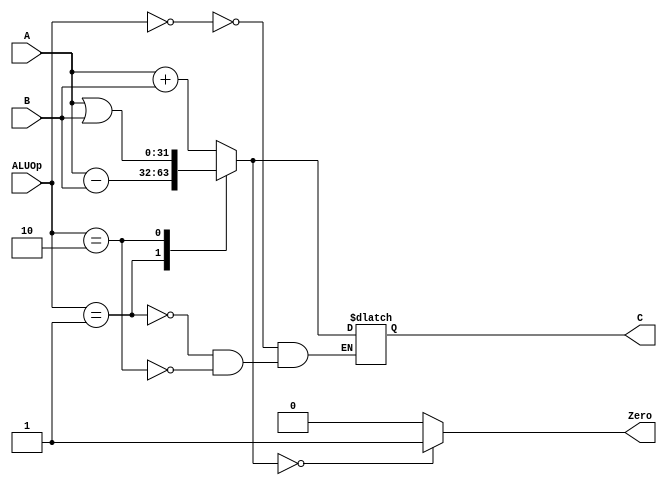
module ALU(A, B, ALUOp, C, Zero);

   input [31:0]     A, B;
   input [1:0]      ALUOp;
   output reg[31:0] C;
   output reg       Zero;

   initial
   begin
      Zero = 0;
      C = 0;
   end

   always @( A or B or ALUOp ) begin
      case ( ALUOp )
         2'b00: C = A + B;
         2'b01: C = A - B;
         2'b10: C = A | B;
         default:   ;
      endcase
      Zero = (C == 0) ? 1 : 0;
   end

endmodule